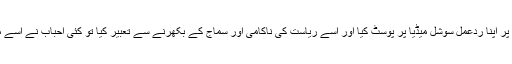
میں نے جب اس پر اپنا ردِعمل سوشل میڈیا پر پوسٹ کیا اور اسے ریاست کی ناکامی اور سماج کے بکھرنے سے تعبیر کیا تو کئی احباب نے اسے مایوسی قرار دیا۔